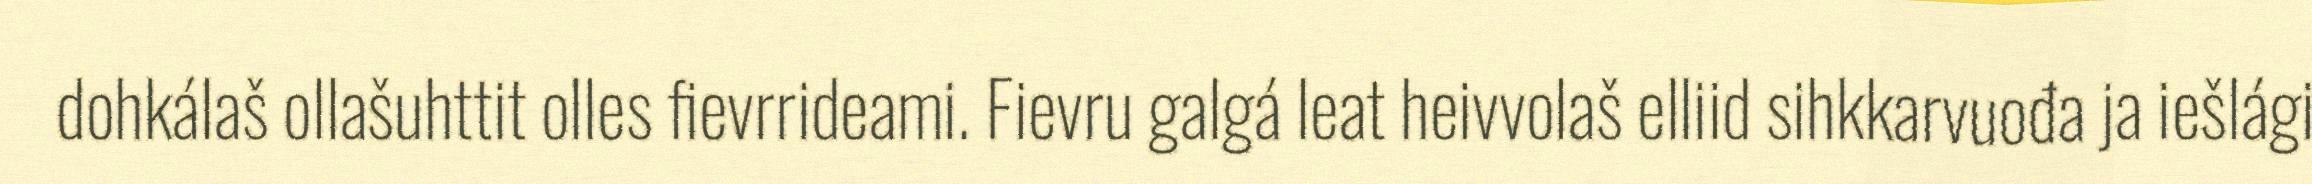
dohkálaš ollašuhttit olles fievrrideami. Fievru galgá leat heivvolaš elliid sihkkarvuođa ja iešlági